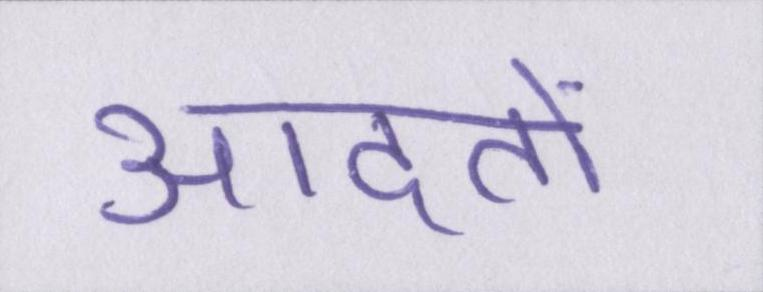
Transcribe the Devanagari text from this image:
आदतों